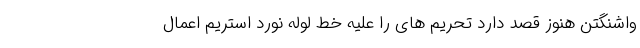
واشنگتن هنوز قصد دارد تحریم های را علیه خط لوله نورد استریم اعمال